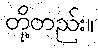
တို့တည်း။